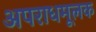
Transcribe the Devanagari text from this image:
अपराधमूलक